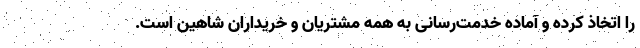
را اتخاذ کرده و آماده خدمت‌رسانی به همه مشتریان و خریداران شاهین است.